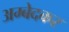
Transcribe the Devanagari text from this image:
अम्बेदकर